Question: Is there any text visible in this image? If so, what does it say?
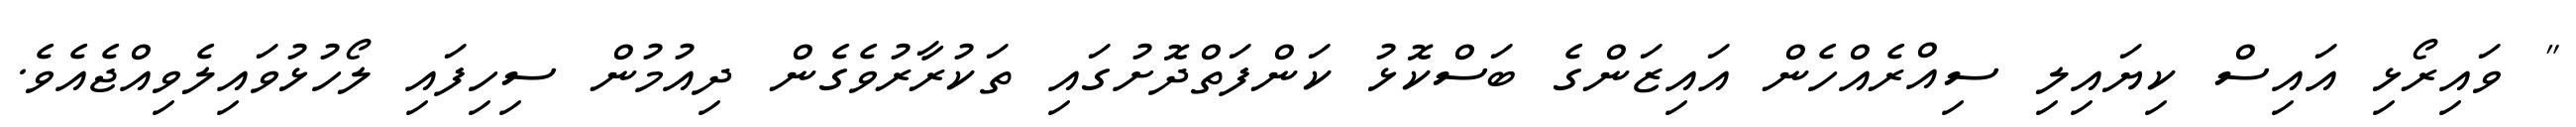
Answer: " ވައިރޯޅި އައިސް ކިޔައިލި ސިއްރެއްހެން އައިޒަންގެ ބަސްކޮޅު ކަންފަތްދޮށުގައި ތަކުރާރުވެގެން ދިއުމުން ސިހިފައި ލޯހުޅުވައިލެވިއްޖެއެވެ.